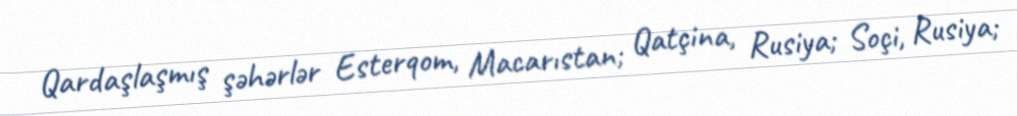
Qardaşlaşmış şəhərlər Esterqom, Macarıstan; Qatçina, Rusiya; Soçi, Rusiya;